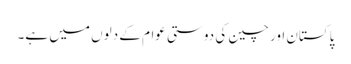
پاکستان اور چین کی دوستی عوام کے دلوں میں ہے۔